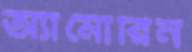
অ্যামোরিন